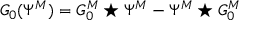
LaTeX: G _ { 0 } ( \Psi ^ { M } ) = G _ { 0 } ^ { M } \star \Psi ^ { M } - \Psi ^ { M } \star G _ { 0 } ^ { M }